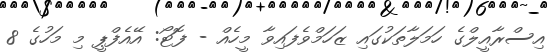
އިސްރާއީލްގެ ހަމަލާތަކުގައި ޒަހަމްވެފައިވާ މީހެއް - ފޮޓޯ: އޭއެފްޕީ މި މަހުގެ 8